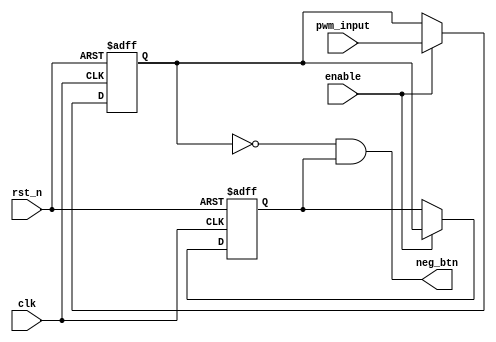
`timescale 1ns/1ps
/***************************************************************************
Name:
Date: 7/11/2016
Founction: pwm falling edge capture
Note:
****************************************************************************/
module neg_capture(
pwm_input,clk,rst_n,enable,neg_btn
);

input pwm_input;
input clk;
input rst_n;
input enable;
output neg_btn;

reg btn1;
reg btn2;


/*******************************************************************************
*capture pwm_input falling edge
*********************************************************************************/
always @(posedge clk or negedge rst_n)begin
  if(!rst_n) begin
    btn1 <= 1'b0;
    btn2 <= 1'b0;
   end
  else if(enable) begin
	btn1 <=pwm_input;
	btn2 <= btn1;    
	end
end

assign neg_btn = ~btn1& btn2;

endmodule